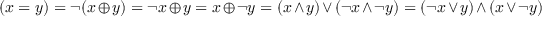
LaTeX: ( x = y ) = \lnot ( x \oplus y ) = \lnot x \oplus y = x \oplus \lnot y = ( x \land y ) \lor ( \lnot x \land \lnot y ) = ( \lnot x \lor y ) \land ( x \lor \lnot y )